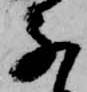
な